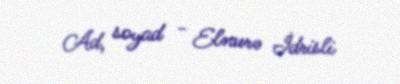
Ad, soyad - Elnurə İdrisli